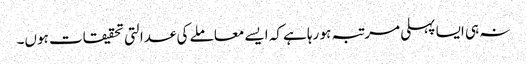
نہ ہی ایسا پہلی مرتبہ ہو رہا ہے کہ ایسے معاملے کی عدالتی تحقیقات ہوں۔